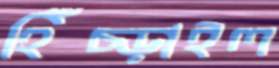
হিঁচ্‌ড়াইল